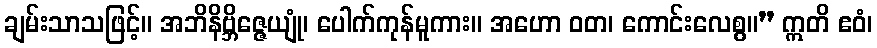
ချမ်းသာသဖြင့်။ အဘိနိဗ္ဘိဇ္ဇေယျုံ၊ ပေါက်ကုန်မူကား။ အဟော ဝတ၊ ကောင်းလေစွ။” ဣတိ ဧဝံ၊